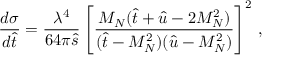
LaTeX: { \frac { d \sigma } { d \hat { t } } } = { \frac { \lambda ^ { 4 } } { 6 4 \pi \hat { s } } } \left[ { \frac { M _ { N } ( \hat { t } + \hat { u } - 2 M _ { N } ^ { 2 } ) } { ( \hat { t } - M _ { N } ^ { 2 } ) ( \hat { u } - M _ { N } ^ { 2 } ) } } \right] ^ { 2 } \, ,